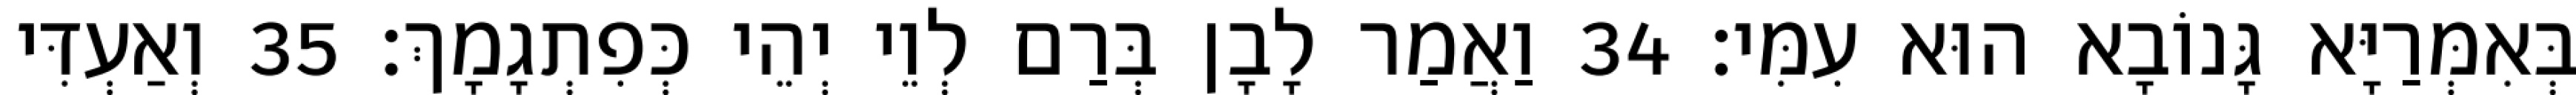
בְּאִמְּרַיָּא גָּנוֹבָא הוּא עִמִּי׃ 34 וַאֲמַר לָבָן בְּרַם לְוֵי יְהֵי כְּפִתְגָמָךְ׃ 35 וְאַעְדִּי